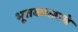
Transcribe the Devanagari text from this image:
भूतकाळाचे